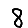
Digit: 8